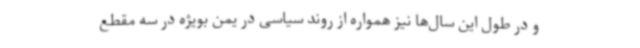
و در طول این سال‌ها نیز همواره از روند سیاسی در یمن بویژه در سه مقطع